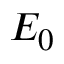
E _ { 0 }